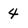
Character: 4